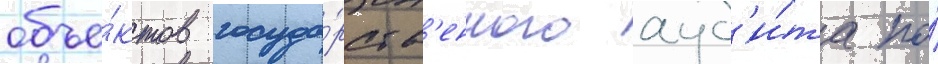
объе́ктов госуда́рств'енного ауд'и́та по́